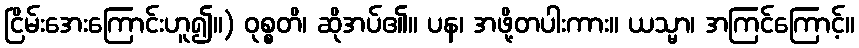
ငြိမ်းအေးကြောင်းဟူ၍။) ဝုစ္စတိ၊ ဆိုအပ်၏။ ပန၊ အဖို့တပါးကား။ ယသ္မာ၊ အကြင်ကြောင့်။